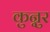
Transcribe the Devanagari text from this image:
कुन्नुर